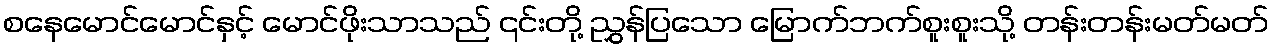
စနေမောင်မောင်နှင့် မောင်ဖိုးသာသည် ၎င်းတို့ ညွှန်ပြသော မြောက်ဘက်စူးစူးသို့ တန်းတန်းမတ်မတ်